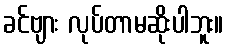
ခင်ဗျား လုပ်တာမဆိုးပါဘူး။